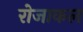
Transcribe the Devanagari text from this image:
रोजाकल